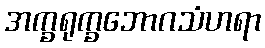
အက္ခရုက္ခဘောဂသံဟရာ